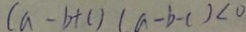
( a - b + c ) ( a - b - c ) < 0